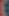
)